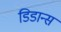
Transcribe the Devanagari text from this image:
डिडान्स